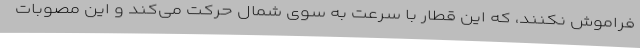
فراموش نکنند، که این قطار با سرعت به سوی شمال حرکت می‌کند و این مصوبات